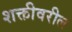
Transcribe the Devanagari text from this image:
शक्तीवरील